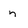
Character: n